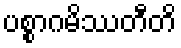
ပစ္စာဂမိဿတီတိ